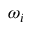
\omega _ { i }